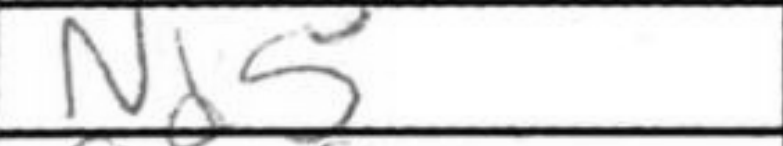
Transcription: Nd5